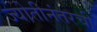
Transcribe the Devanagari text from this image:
ज्योतीनंतरची